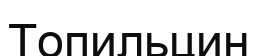
Топильцин